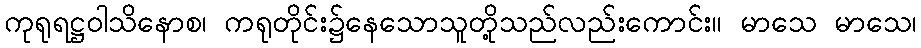
ကုရုရဋ္ဌဝါသိနောစ၊ ကရုတိုင်း၌နေသောသူတို့သည်လည်းကောင်း။ မာသေ မာသေ၊